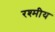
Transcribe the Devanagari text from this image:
रश्मीय